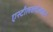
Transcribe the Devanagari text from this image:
एस्टीलक्लोलाइन